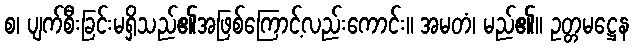
စ၊ ပျက်စီးခြင်းမရှိသည်၏အဖြစ်ကြောင့်လည်းကောင်း။ အမတံ၊ မည်၏။ ဥတ္တမဋ္ဌေန